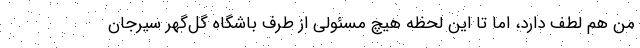
من هم لطف دارد، اما تا این لحظه هیچ مسئولی از طرف باشگاه گل‌گهر سیرجان